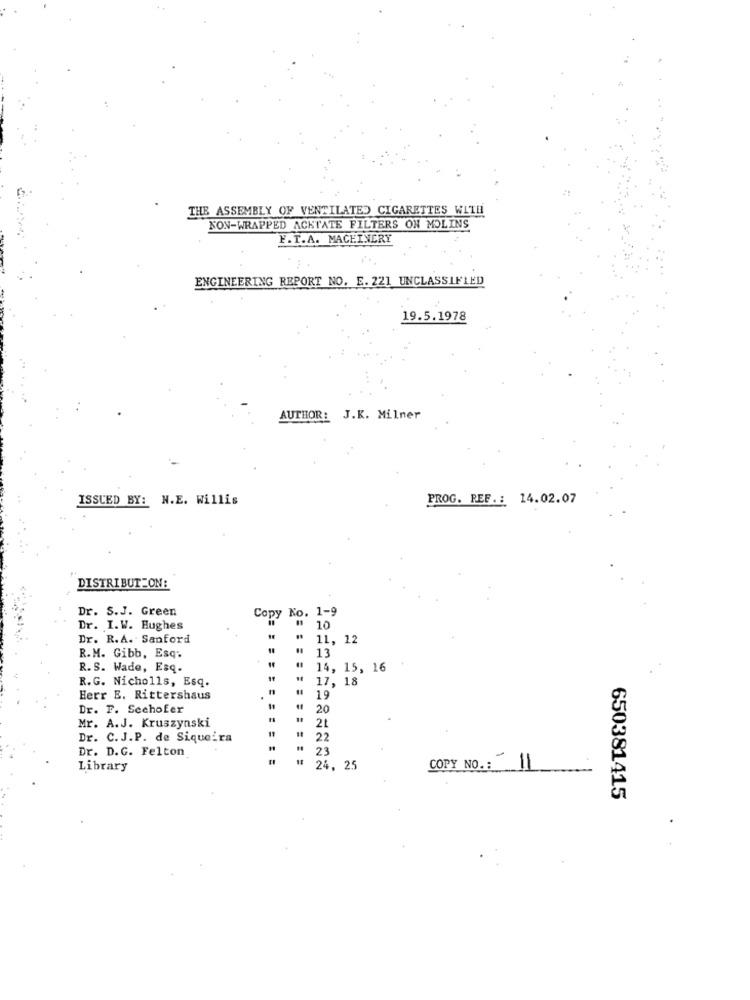
THE ASSEMBLY OF VENTILATED CIGARETTES WITH
NON-WRAPPED ACKTATE FILTERS ON MOLINS
F.T.A. MACHINERY
ENGINEERING REPORT NO. E. 221 UNCLASSIFIED
19.5.1978
AUTHOR:
J.K. Milner
ISSUED BY: N.E. Willis
PROG. REF .: 14.02.07
DISTRIBUT-ON:
Dr. S.J. Green
1-9
Copy No.
Dr. I.W. Hughes
10
Dr. R.A. Sanford
11, 12
R.M. Gibb, Esq.
13
R. S. Wade, Esq.
14, 15, 16
R.G. Nicholls, Esq.
17, 18
Herr E. Rittershaus
19
Dr. F. Seehofer
20
Mr. A.J. Kruszynski
2₺
Dr. C. J.P. de Siqueira
22
Dr. D.G. Felton
23
Library
24. 25
COPY NO .: 11
650381415